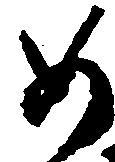
如